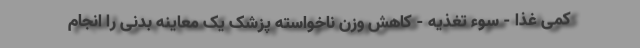
کمی غذا - سوء تغذیه - کاهش وزن ناخواسته پزشک یک معاینه بدنی را انجام